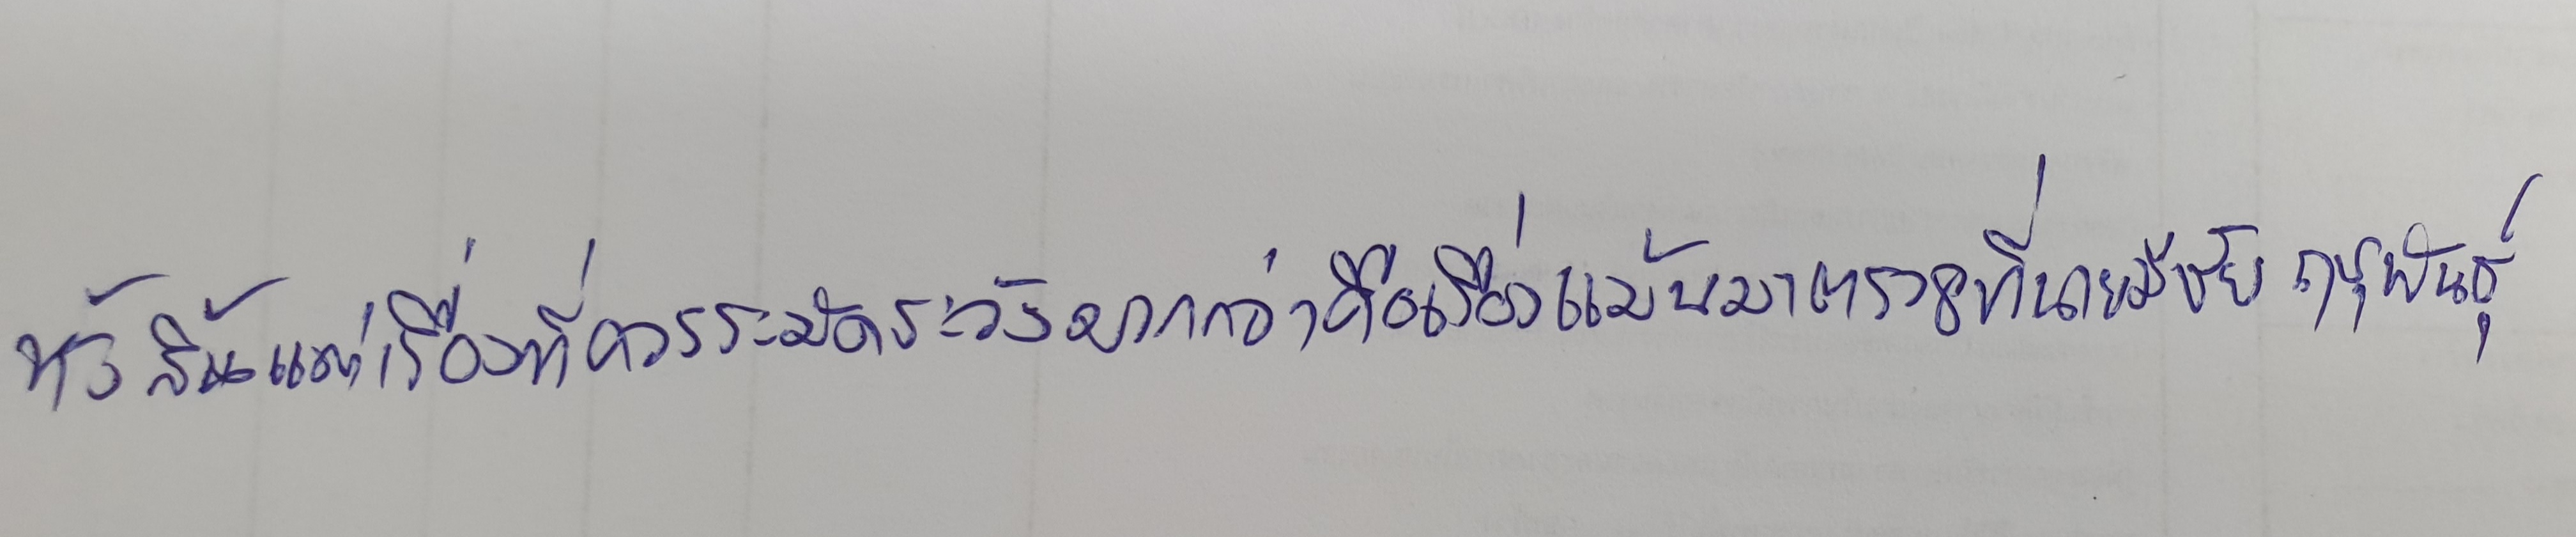
ทั้งสิ้นแต่เรื่องที่ควรระมัดระวังมากกว่าคือเรื่องแม้นมาตรา8ที่นายมีชัย ฤชุพันธุ์